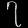
Digit: ၇